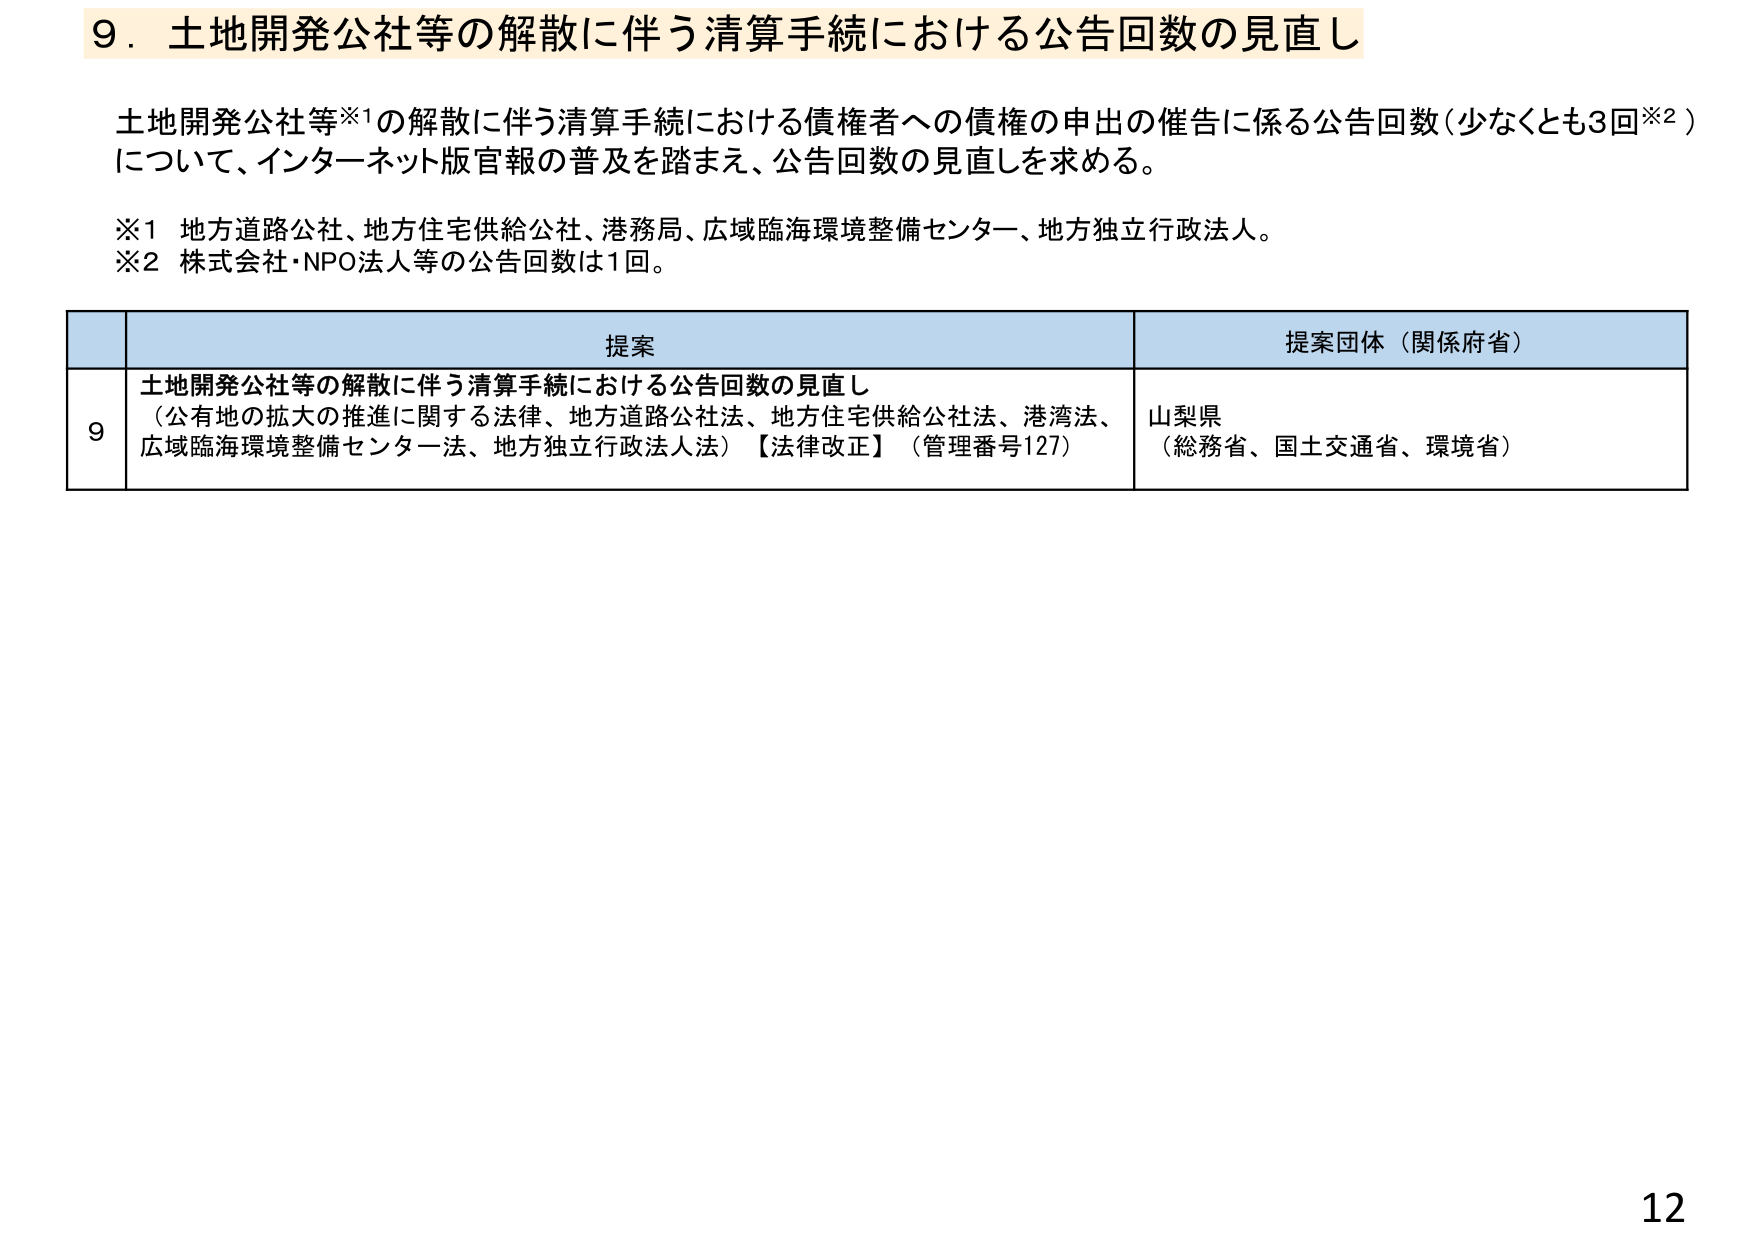
9．土地開発公社等の解散に伴う清算手続における公告回数の見直し

土地開発公社等※1の解散に伴う清算手続における債権者への債権の申出の催告に係る公告回数（少なくとも3回※2）について、インターネット版官報の普及を踏まえ、公告回数の見直しを求める。

※1 地方道路公社、地方住宅供給公社、港務局、広域臨海環境整備センター、地方独立行政法人。
※2 株式会社・NPO法人等の公告回数は1回。

提案 提案団体（関係府省）
9 土地開発公社等の解散に伴う清算手続における公告回数の見直し
（公有地の拡大の推進に関する法律、地方道路公社法、地方住宅供給公社法、港湾法、
広域臨海環境整備センター法、地方独立行政法人法）【法律改正】（管理番号127） 山梨県
（総務省、国土交通省、環境省）

12